Report on the cultivation and use of ganja
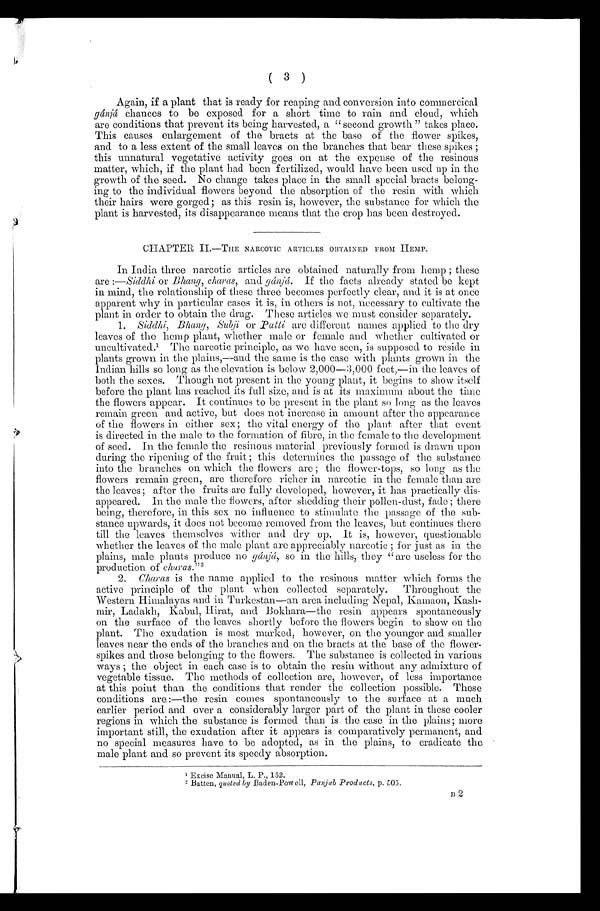
( 3 )
Again, if a plant that is ready for reaping and conversion into commercical
gánjá chances to be exposed for a short time to rain and cloud, which
are conditions that prevent its being harvested, a "second growth " takes place.
This causes enlargement of the bracts at the base of the flower spikes,
and to a less extent of the small leaves on the branches that bear these spikes ;
this unnatural vegetative activity goes on at the expense of the resinous
matter, which, if the plant had been fertilized, would. have been used up in the
growth of the seed. No change takes place in the small special bracts belong-
ing to the individual flowers beyond the absorption of the resin with which
their hairs were gorged; as this resin is, however, the substance for which the
plant is harvested, its disappearance means that the crop has been destroyed.
CHAPTER, II.—THE NARCOTIC ARTICLES OBTAINED FROM HEMP.
In India three narcotic articles are obtained naturally from hemp ; these
are :—Siddhi or Bhang, charas, and gánjá. If the facts already stated be kept
in mind, the relationship of these three becomes perfectly clear, and it is at once
apparent why in particular cases it is, in others is not, necessary to cultivate the
plant in order to obtain the drug. These articles we must consider separately.
I. Siddhi, Bhang, Subji or Patti are different names applied to the dry
leaves of the hemp plant, whether male or female and whether cultivated or
uncultivated.1 T h e n a r c o t i c p r i n c i p l e , a s w e h a v e s e e n , i s s u p p o s e d . t o r e s i d e i n
plants grown in the plains, —and the same is the case with plants grown in the
Indian hills so long as the elevation is below 2,000—3,000 feet,—in the leaves of
both the sexes. Though not present in the young plant, it begins to show itself
before the plant has reached its full size, and is at its maximum about the time
the flowers appear. It continues to be present in the plant so long as the leaves
remain green and active, but does not increase in amount after the appearance
of the flowers in either sex; the vital energy of the plant after that event
is directed in the male to the formation of fibre, in the female to the development
of seed. In the female the resinous material previously formed is drawn upon
during the ripening of the fruit ; this determines the passage of the substance
into the branches on which the flowers are ; the flower-tops, so long as the
flowers remain green, are therefore richer in narcotic in the female than are
the leaves; after the fruits are fully developed, however, it has practically dis-
appeared. In the male the flowers, after shedding their pollen-dust, fade ; there
being, therefore, in this sex no influence to stimulate the passage of the sub-
stance upwards, it does not become removed from the leaves, but continues there
till the leaves themselves wither and dry up. It is, however, questionable
whether the leaves of the male plant are appreciably narcotic ; for just as in the
plains, male plants produce no gánjá, so in the hills, they "are useless for the
production of charas."2 '
2. Charas is the name applied to the resinous matter which forms the
active principle of the plant when collected separately. Throughout the
Western Himalayas and in Turkestan—an area including Nepal, Kamaon, Kash-
mir, Ladakh, Kabul, Hirat, and Bokhara—the resin appears spontaneously
On the surface of the leaves shortly before the flowers begin to show on the
plant. The exudation is most marked, however, on the younger and smaller
leaves near the ends of the branches and on the bracts at the base of the flower-
spikes and. those belonging to the flowers. The substance is collected in various
ways ; the object in each case is to obtain the resin without any admixture of
vegetable tissue. The methods of collection are, however, of less importance
at this point than the conditions that render the collection possible. These
conditions are :—the resin comes spontaneously to the surface at a much
earlier period and over a considerably larger part of the plant in these cooler
regions in which the substance is formed than is the case in the plains; more
important still, the exudation after it appears is comparatively permanent, and
no special measures have to be adopted, as in the plains, to eradicate the
male plant and so prevent its speedy absorption.
1
E x c i s e M a n u a l ,
L . P . ,
1 5 2 .
2 B a t t e n ,
q u o t e d b yB
a d e n - P o we
l l ,
P a n j a b P r o d u c t s ,
p . 5 0 5 .
B 2